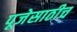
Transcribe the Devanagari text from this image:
पूजेसाठीच